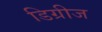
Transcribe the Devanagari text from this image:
डिग्रीज